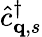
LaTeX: \hat{c}_{{\mathbf q},s}^{\dagger}